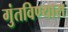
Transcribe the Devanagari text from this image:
गुंतविण्यास